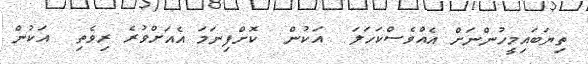
ތިޔަބައިމީހުންނަށް އެއްވެސްކަހަލަ  އަކުން  ކޮށްފިނަމަ އެއަށްވުރެ ރިވެތި  އަކުން